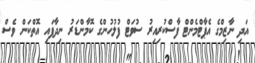
އަދި ނާޒިމްގެ އެޕާޓްމެންޓް ފާސްކުރިއިރު ސުވަޓް ފުލުހުންގެ ކޮމާންޑަރު ނިދާފައި އޮތްކަން ވެސް